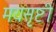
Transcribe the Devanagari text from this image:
मयसृष्टी